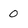
Character: 0